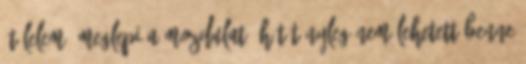
átölelem. meglepi a mozdulat, hát tényleg nem lehetett benne